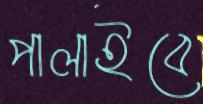
পালাইবে